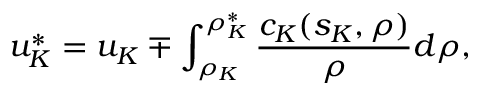
u _ { K } ^ { * } = u _ { K } \mp \int _ { \rho _ { K } } ^ { \rho _ { K } ^ { * } } \frac { c _ { K } ( s _ { K } , \rho ) } { \rho } d \rho ,